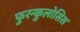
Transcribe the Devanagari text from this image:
फुरन्कुलोसिस